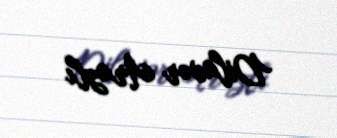
Dilavər Arazlı